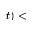
t ) <